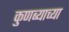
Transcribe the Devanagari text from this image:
कुणब्याच्या